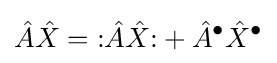
{\hat {A}}{\hat {X}}={\mathopen {:}}{\hat {A}}{\hat {X}}{\mathclose {:}}+{\hat {A}}^{\bullet }{\hat {X}}^{\bullet }